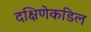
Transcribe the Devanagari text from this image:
दक्षिणेकडिल